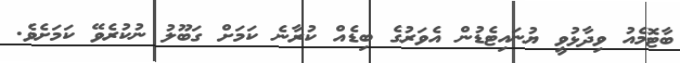
ބާޓޮމެއު ވިދާޅުވީ ޔުނައިޓެޑުން އެވަރުގެ ބިޑެއް ކުރާނެ ކަމަށް ގަބޫލު ނުކުރެވޭ ކަމަށެވެ.